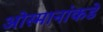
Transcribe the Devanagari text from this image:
ओस्मानांकडे